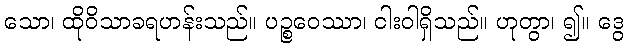
သော၊ ထိုဝိသာခရဟန်းသည်။ ပဉ္စဝေဿာ၊ ငါးဝါရှိသည်။ ဟုတွာ၊ ၍။ ဒွေ